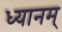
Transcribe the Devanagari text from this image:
ध्यानम्